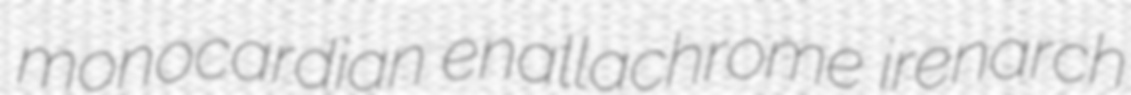
monocardian enallachrome irenarch